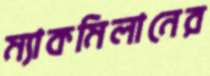
ম্যাকমিলানের